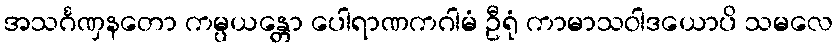
အသင်္ဂဏှနတော ကမ္ပယန္တော ပေါရာဏကဂါမံ ဦရုံ ကာမာသဝါဒယောပိ သမလေ